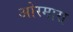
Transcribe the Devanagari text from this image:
ओरमारा